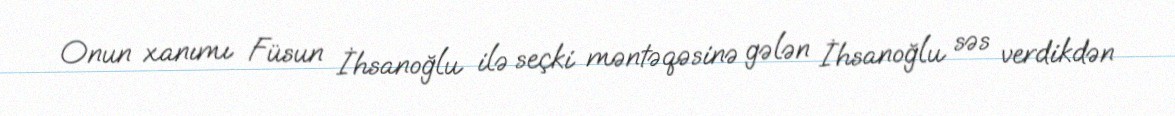
Onun xanımı Füsun İhsanoğlu ilə seçki məntəqəsinə gələn İhsanoğlu səs verdikdən